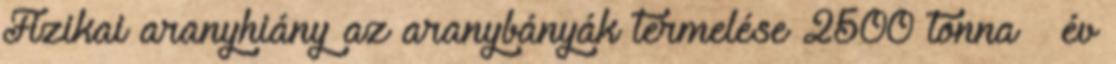
Fizikai aranyhiány az aranybányák termelése 2500 tonna év